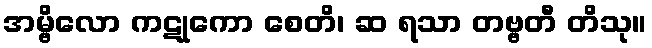
အမ္ဗိလော ကဋုကော စေတိ၊ ဆ ရသာ တဗ္ဗတီ တိသု။